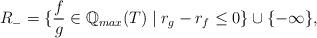
LaTeX: \begin{align*}R_-=\{\frac{f}{g} \in \mathbb{Q}_{max}(T) \mid r_g -r_f \leq 0\}\cup \{-\infty\},\end{align*}